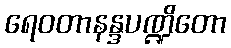
ရေဝတာနန္ဒပဏ္ဍိတော